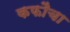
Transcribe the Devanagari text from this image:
कफौचा